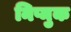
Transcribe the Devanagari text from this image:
निप्मुक